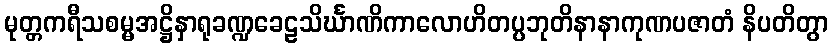
မုတ္တကရီသစမ္မအဋ္ဌိနှာရုခဏ္ဍခေဠသိင်္ဃာဏိကာလောဟိတပ္ပဘုတိနာနာကုဏပဇာတံ နိပတိတွာ